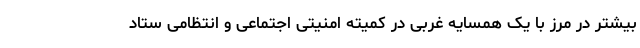
بیشتر در مرز با یک همسایه غربی در کمیته امنیتی اجتماعی و انتظامی ستاد